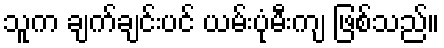
သူက ချက်ချင်းပင် ယမ်းပုံမီးကျ ဖြစ်သည်။